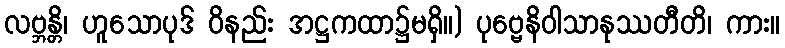
လဗ္ဘန္တိ၊ ဟူသောပုဒ် ဝိနည်း အဋ္ဌကထာ၌မရှိ။) ပုဗ္ဗေနိဝါသာနုဿတီတိ၊ ကား။